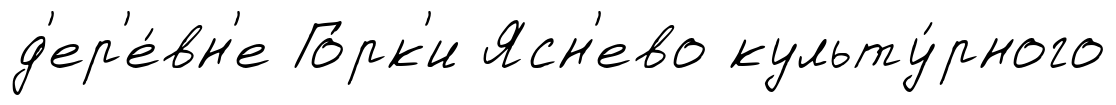
д'ер'е́вн'е Го́рк'и Ясн'ево культу́рного